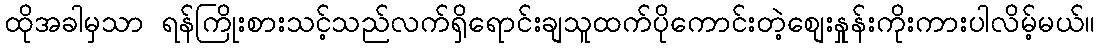
ထိုအခါမှသာ ရန်ကြိုးစားသင့်သည်လက်ရှိရောင်းချသူထက်ပိုကောင်းတဲ့စျေးနှုန်းကိုးကားပါလိမ့်မယ်။